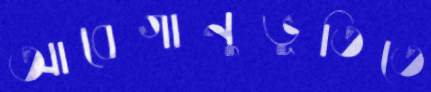
আবেগানুভূতিতে